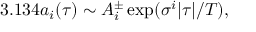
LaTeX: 3 . 1 3 4 { a _ { i } } ( \tau ) \sim A _ { i } ^ { \pm } \exp ( \sigma ^ { i } | \tau | / T ) ,